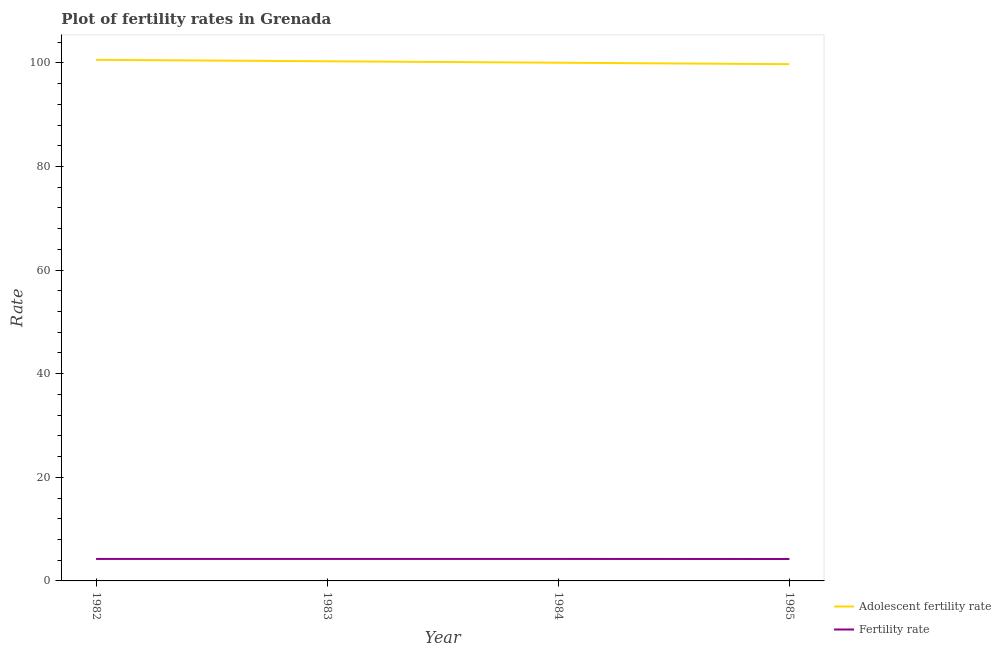
| Year | Adolescent fertility rate | Fertility rate |
 | --- | --- | --- |
 | 1982 | 101 | 4.24 |
 | 1983 | 100 | 4.25 |
 | 1984 | 100 | 4.24 |
 | 1985 | 99.8 | 4.23 |